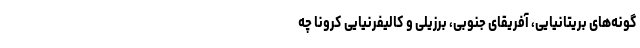
گونه‌های بریتانیایی، آفریقای جنوبی، برزیلی و کالیفرنیایی کرونا چه